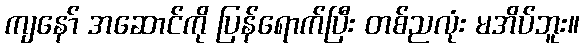
ကျနော် အဆောင်ကို ပြန်ရောက်ပြီး တစ်ညလုံး မအိပ်ဘူး။